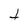
Character: t